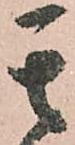
其